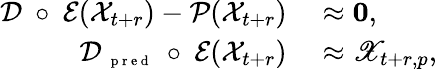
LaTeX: \begin{array}{rl}{\mathcal D~\circ~\mathcal E(\mathcal X_{t+r})-\mathcal P(\mathcal X_{t+r})}&{{}\approx\boldsymbol 0,}\\ {\mathcal D_{\mathrm{~\scriptsize~p~r~e~d~}}~\circ~\mathcal E(\mathcal X_{t+r})}&{{}\approx\mathscr X_{t+r,p},}\end{array}